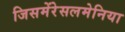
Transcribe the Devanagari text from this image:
जिसमेंरेसलमेनिया